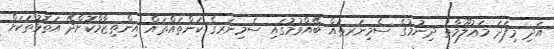
އަދި މިފަދަ މަޢުލޫމާތު ދިނުމުގެ ސެމިނަރތައް ބޭއްވުމުގައި ސެމިނަރގެ ކަންތައްތައް އިންތިޒާމްކޮށްދޭ އަތޮޅުތަކަށް